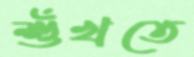
শুঁখতে